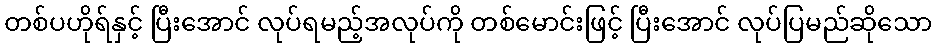
တစ်ပဟိုရ်နှင့် ပြီးအောင် လုပ်ရမည့်အလုပ်ကို တစ်မောင်းဖြင့် ပြီးအောင် လုပ်ပြမည်ဆိုသော